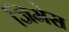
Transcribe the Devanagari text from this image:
जिमेस